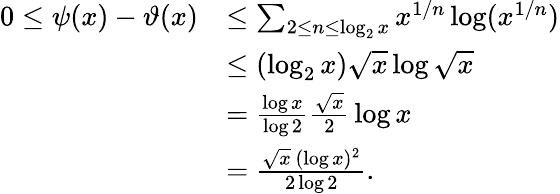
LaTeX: {\begin{array}{rl}{0\leq\psi(x)-\vartheta(x)}&{\leq\sum_{2\leq n\leq\log_{2}x}x^{1/n}\log(x^{1/n})}\\ &{\leq(\log_{2}x){\sqrt{x}}\log{\sqrt{x}}}\\ &{={\frac{\log x}{\log 2}}{\frac{\sqrt{x}}{2}}\log x}\\ &{={\frac{{\sqrt{x}}\, (\log x)^{2}}{2\log 2}}.}\end{array}}